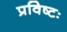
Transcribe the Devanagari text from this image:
प्रविष्टः